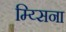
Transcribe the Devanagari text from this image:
म्य्सिना